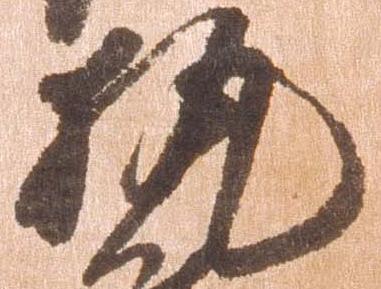
執